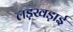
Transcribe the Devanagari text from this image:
लड़खड़ाई